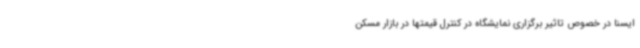
ایسنا در خصوص تاثیر برگزاری نمایشگاه در کنترل قیمتها در بازار مسکن